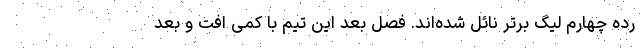
رده چهارم لیگ برتر نائل شده‌اند. فصل بعد این تیم با کمی افت و بعد